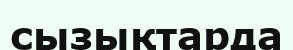
сызықтарда